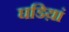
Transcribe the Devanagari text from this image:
घडिय़ां